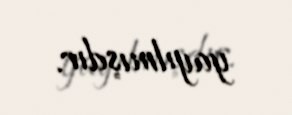
yayılmışdır.